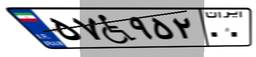
۵۷W۹۵۲۰۰